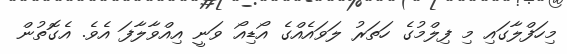
މިހަފްލާގައި މި ފިލްމުގެ ހަތަރު ލަވައެއްގެ އޯޑިއޯ ވަނީ އިއްވާލާފަ އެވެ. އެގޮތުން